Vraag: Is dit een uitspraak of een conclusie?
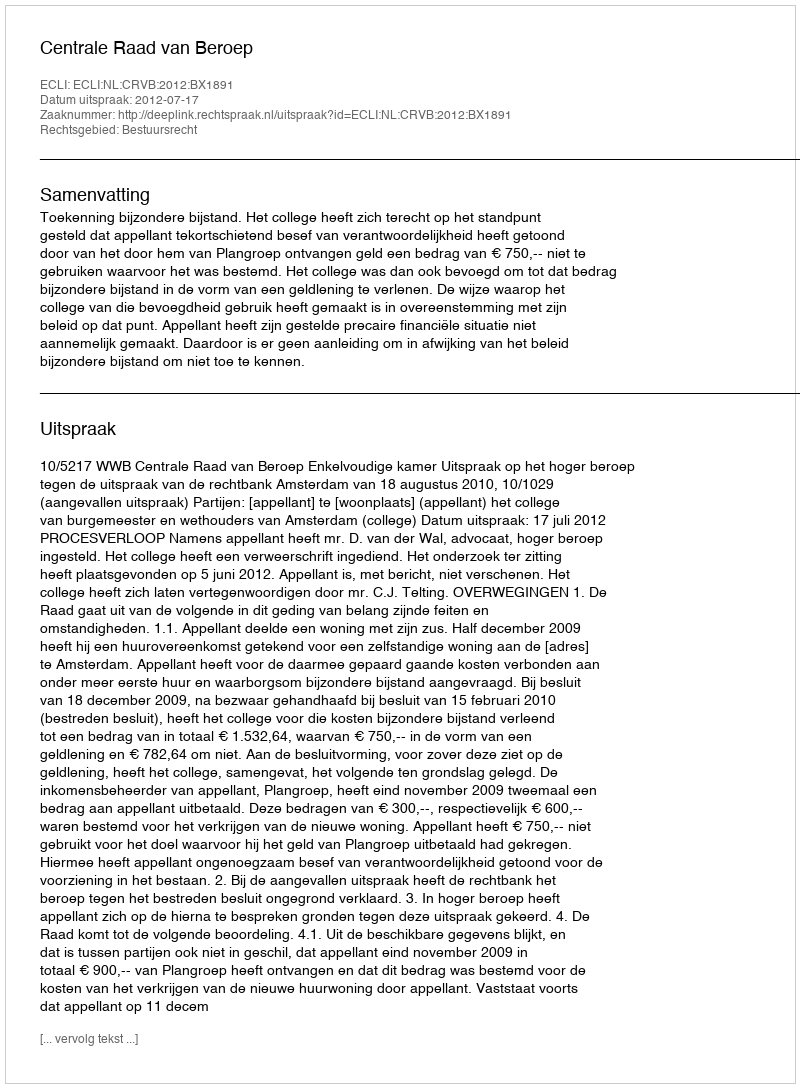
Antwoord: Uitspraak